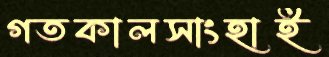
গতকালসাংহাই